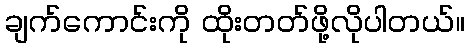
ချက်ကောင်းကို ထိုးတတ်ဖို့လိုပါတယ်။